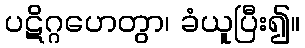
ပဋိဂ္ဂဟေတွာ၊ ခံယူပြီး၍။